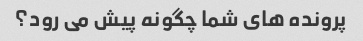
پرونده های شما چگونه پیش می رود؟